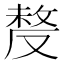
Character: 𠭰